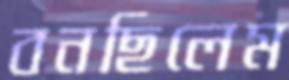
বনছিলেম